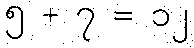
၅ + ၇ = ၁၂